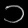
Digit: ၁